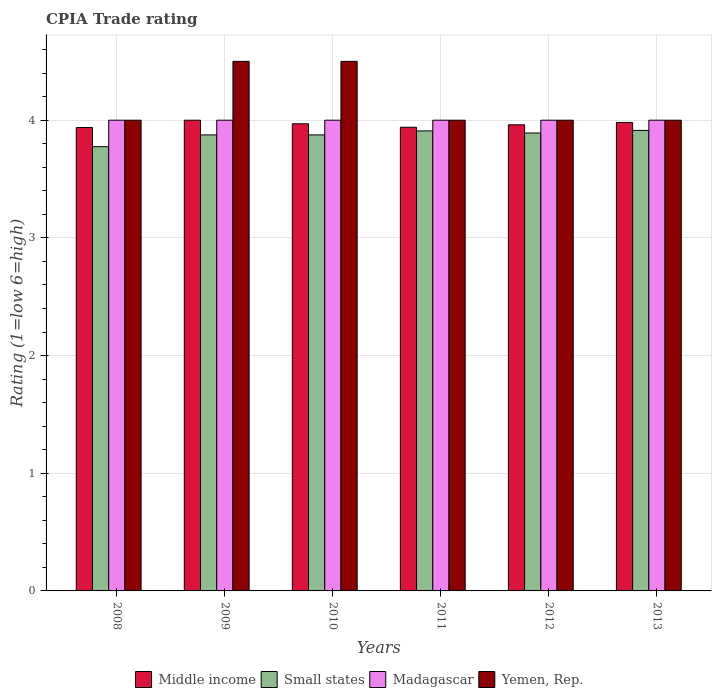
| Years | Middle income | Small states | Madagascar | Yemen, Rep. |
 | --- | --- | --- | --- | --- |
 | 2008 | 3.94 | 3.77 | 4 | 4 |
 | 2009 | 4 | 3.88 | 4 | 4.5 |
 | 2010 | 3.97 | 3.88 | 4 | 4.5 |
 | 2011 | 3.94 | 3.91 | 4 | 4 |
 | 2012 | 3.96 | 3.89 | 4 | 4 |
 | 2013 | 3.98 | 3.91 | 4 | 4 |